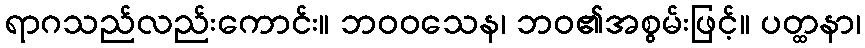
ရာဂသည်လည်းကောင်း။ ဘဝဝသေန၊ ဘဝ၏အစွမ်းဖြင့်။ ပတ္ထနာ၊